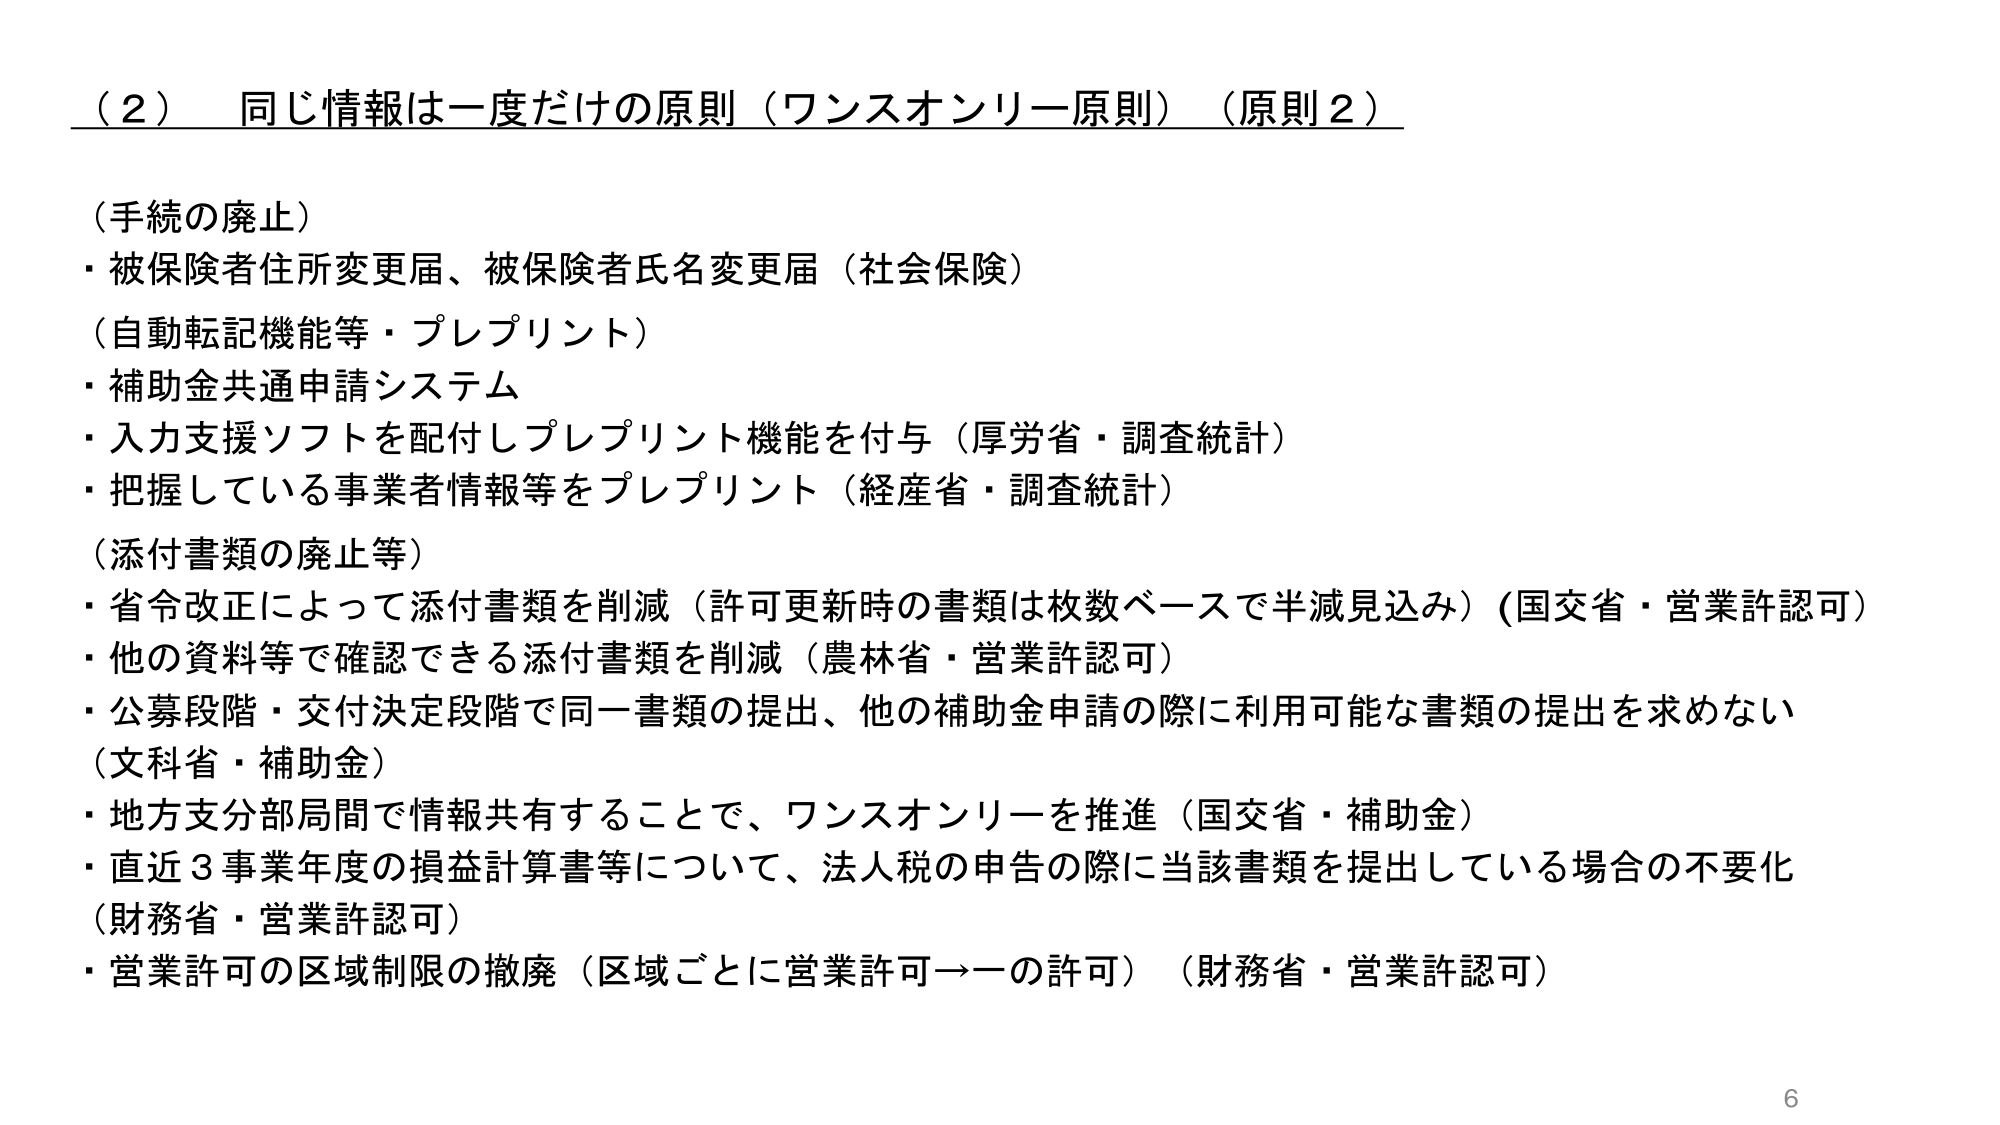
（2） 同じ情報は一度だけの原則（ワンスオンリー原則）（原則2）

（手続の廃止）
・被保険者住所変更届、被保険者氏名変更届（社会保険）

（自動転記機能等・プレプリント）
・補助金共通申請システム
・入力支援ソフトを配付しプレプリント機能を付与（厚労省・調査統計）
・把握している事業者情報等をプレプリント（経産省・調査統計）

（添付書類の廃止等）
・省令改正によって添付書類を削減（許可更新時の書類は枚数ベースで半減見込み）（国交省・営業許認可）
・他の資料等で確認できる添付書類を削減（農林省・営業許認可）
・公募段階・交付決定段階で同一書類の提出、他の補助金申請の際に利用可能な書類の提出を求めない（文科省・補助金）
・地方支分部局間で情報共有することで、ワンスオンリーを推進（国交省・補助金）
・直近3事業年度の損益計算書等について、法人税の申告の際に当該書類を提出している場合の不要化（財務省・営業許認可）
・営業許可の区域制限の撤廃（区域ごとに営業許可→一の許可）（財務省・営業許認可）

6